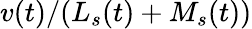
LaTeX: v(t)/(L_{s}(t)+M_{s}(t))